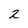
Character: 2